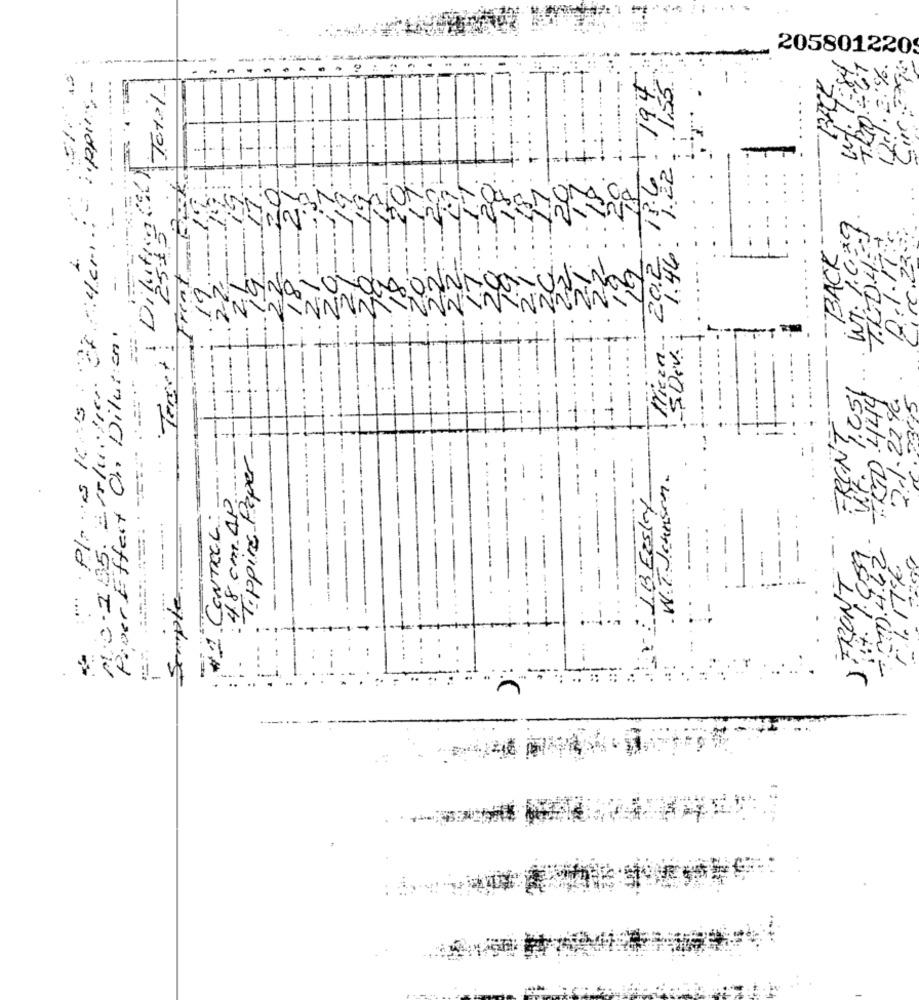
205801220
tippins.
Total
Dilatte (%)
:4cm
WT: 74
BACK
Freat
CANONOTOTONONNAO
T. L.
Power Effect On Dilution.
Teret !
-
-5Dev.
17. 1.051
--
2 .. 1.22%
FRENT
Tippire-Paper
W.T. Jeansen.
#1. CONTROL -
48 cm AP
JB ErstY
NU0 -285. 2.
Semple
--
7.270.4.22
STRONT
1. 17k
1
..